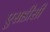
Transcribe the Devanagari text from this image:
एसडीसी